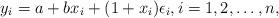
LaTeX: \begin{align*} y_i=a+bx_i+(1+x_i)\epsilon_i,i=1,2,\ldots,n,\end{align*}